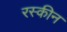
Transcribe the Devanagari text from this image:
रस्कीन